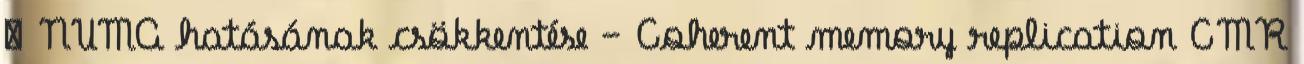
● NUMA hatásának csökkentése – Coherent memory replication CMR